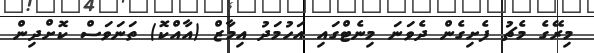
މިރޭގެ މެޗު ފެށިގެން ދެވަނަ މިނެޓްގައި އަހުމަދު އިމާޒް (އާއްކޮ) ތަނަވަސް ކޮށްދިން